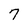
Character: 7